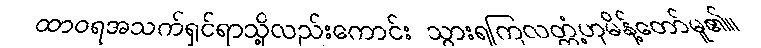
ထာဝရအသက်ရှင်ရာသို့လည်းကောင်း သွားရကြလတ္တံ့ဟုမိန့်တော်မူ၏။